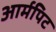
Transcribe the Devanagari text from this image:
आर्मपिट